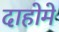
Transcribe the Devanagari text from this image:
दाहोमे